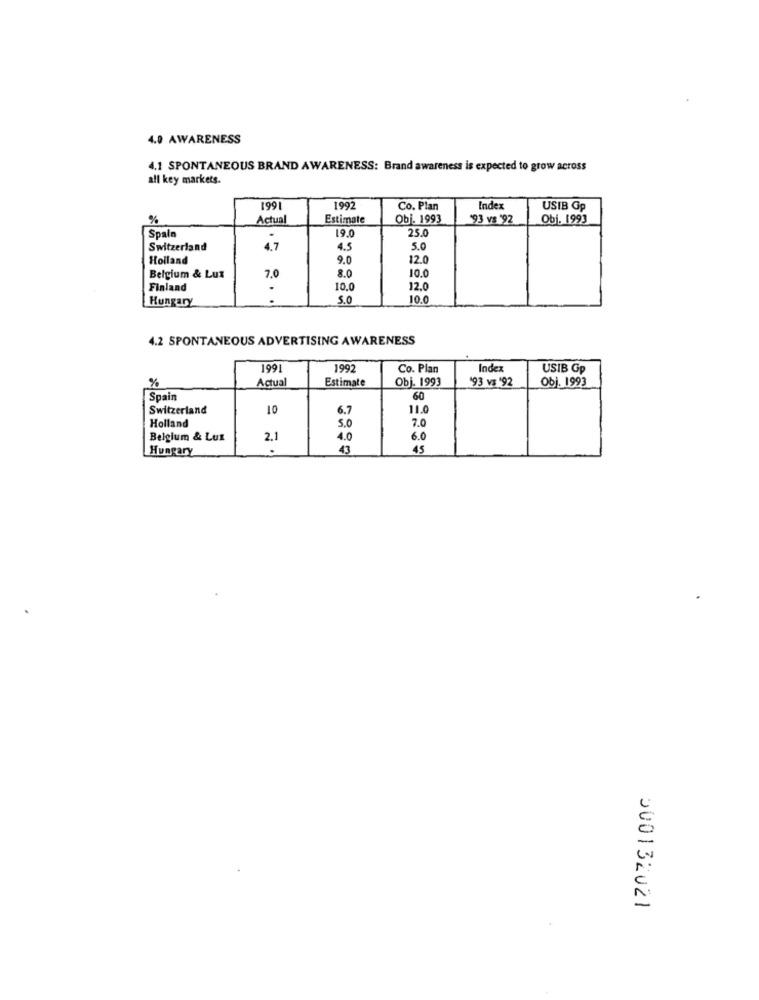
4.0 AWARENESS
4.1 SPONTANEOUS BRAND AWARENESS: Brand awareness is expected to grow across
all key markets.
199
1992
Co. Plan
Index
USIB Gp
%
Actual
Estimate
Obj. 1993
'93 vs '92
Obj. 1993
25.
Spain
19.0
Switzerland
4.7
4.5
5.0
Holland
9.0
12.0
Belgium & Lux
7.0
8.0
10.0
Finland
10.0
12.0
Hungary
. .
5.0
10.0
4.2 SPONTANEOUS ADVERTISING AWARENESS
1991
1992
Co. Plan
Index
USIB Gp
Actual
Estimate
Obj. 1993
93 vs 92
Obj. 1993
%
Spain
60
Switzerland
10
6.7
11.0
5.0
7.0
Holland
Belgium & Luz
2.1
4.0
6.0
Hungary
43
45
000132021